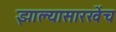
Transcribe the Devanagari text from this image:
झाल्यासारखेंच